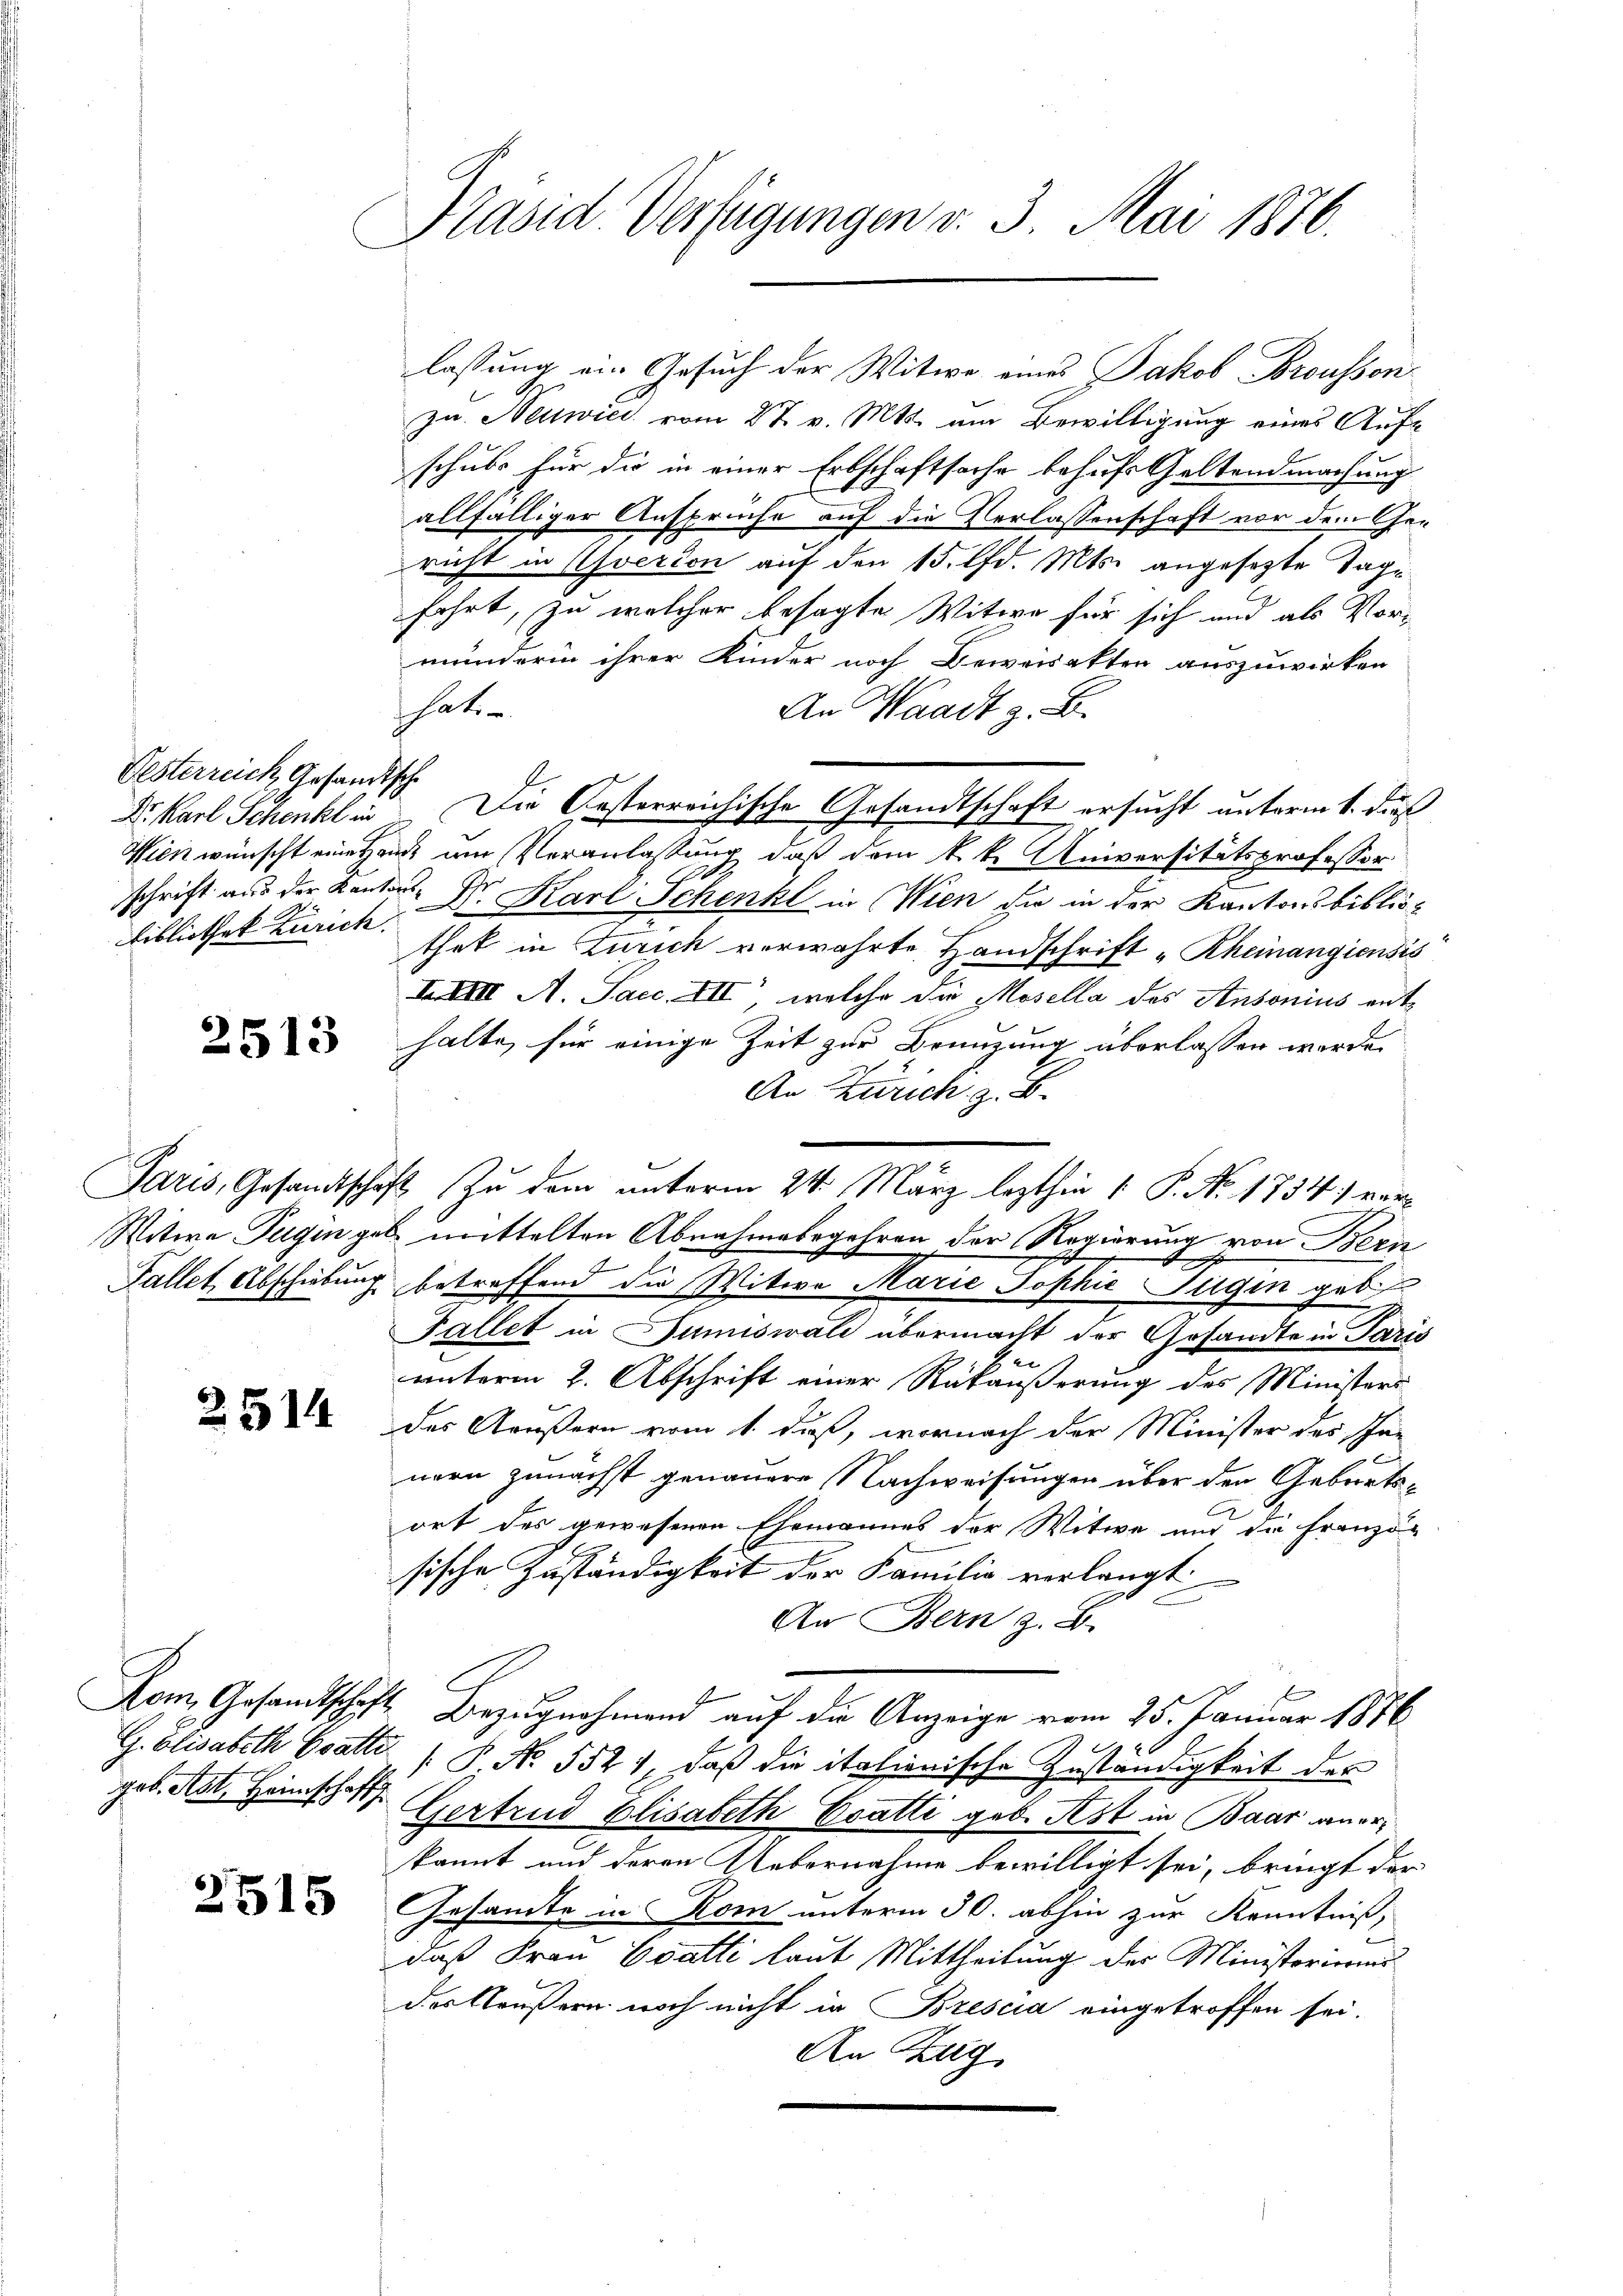
Oesterreich, Gesandische
Dr. Karl Schenk in
bibliothek Zürich.

2513

2514

Rom, Gesandtschaf
G. Elisabeth Gatte
geb. Art. Heimschaft

2515

Präsid. Verfügungen v. 3. Mai 1876.

zu. Neuwies vom 27. v. Mts. um Bewilligung eines Aufschule für die in einer Erbschaftsache behufs Geltendmachung
allfälliger Ansprüche auf die Verlassenschaft vor dem Gericht in Averien auf den 15. lfd. Mts. angesezte Tagfahrt, zu welcher besagte Witwe für sich und als Vorminderin ihrer Kinder noch Beweisekten auszuwirken
haten.
An Waadt z. B.
Die Gesterreichische Gesandtschaft ersucht unterm 1. daß
Wien wünscht eine Hand am Veranlassung, daß dem k. k. Universitätsprofessor
schrift aus der Kantons Sr. Karl Schenkt in Wien die in der Kantonsbiblio-
thet in Zürich verwahrte Handschrift „Rheinangiensis
XXIII. A. Sacc. XII, welche die Mosella des Ansonius enthalte, für einige Zeit zur Brenzung überlassen werde.
An Zürich z. B.
Paris, Gesandtschaft zu dem unterm 24. März lezthin 1. P. Nr. 1754) ver¬
Witwe Tugen gab mittelten Abnahmebegehren der Regierung von Bern
e
Fallet, Abschübung betreffend die Witwe Marie Sophie Jugen gebis
Fallet in Sumiswald übermacht der Gesandte in Paris
Steue
unterm 2. Abschrift einer Rükäußerung des Ministeri
des Aeußern vom 1. daß, wornach der Minister des In-
Bi
nern zunächst genauere Nachweisungen über den Geburtsort des gewesenen Ehemannes der Witwe und die Französische Zuständigkeit der Familie verlangt
An Bern z. B.
I. Bezugnahmend auf die Anzeige vom 25. Januar 1876
[ P. No. 5521, daß die italienische Zuständigkeit der
Gertrud Elisabeth Esatti geb. Ast in Baar anerkannt und deren Uebernahme bewilligt sei, bringt der
Gesamte in Rom unterm 30. abhin zur Kenntniß,
daß Frau Evatti laut Mittheilung der Ministoriums
der Krusern noch nicht in Brescia eingetroffen sei.
An Zug

lassung ein Gesuch der Witwe eines Jakob Brousson